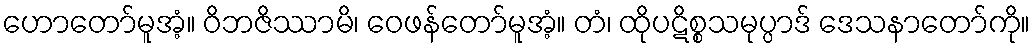
ဟောတော်မူအံ့။ ဝိဘဇိဿာမိ၊ ဝေဖန်တော်မူအံ့။ တံ၊ ထိုပဋိစ္စသမုပ္ပာဒ် ဒေသနာတော်ကို။